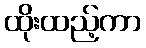
ထိုးထည့်ကာ